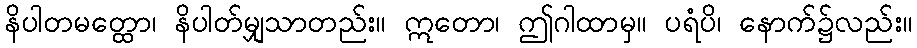
နိပါတမတ္ထော၊ နိပါတ်မျှသာတည်း။ ဣတော၊ ဤဂါထာမှ။ ပရံပိ၊ နောက်၌လည်း။